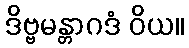
ဒိဗ္ဗမန္တာဂဒံ ဝိယ။